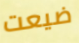
ضيعت